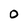
Character: O